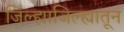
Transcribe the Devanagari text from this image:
जिल्ह्याजिल्ह्यातून